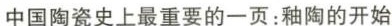
中国陶瓷史上最重要的一页：彩釉的开始